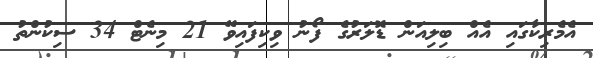
އެމެރިކާގައި އެއް ބިލިއަން ޑޮލަރުގެ ފޯނު ވިކިފައިވޭ 21 މިނެޓް 34 ސިކުންތު